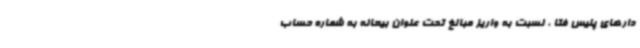
دارهای پلیس فتا ، نسبت به واریز مبالغ تحت عنوان بیعانه به شماره حساب